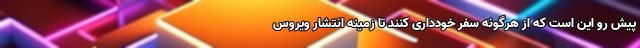
پیش رو این است که از هرگونه سفر خودداری کنند تا زمینه انتشار ویروس